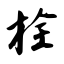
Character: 栓